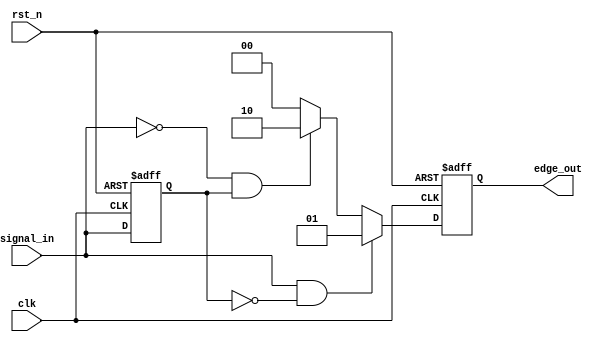
module differential_edge_detector (
    input wire clk,              // Clock signal
    input wire rst_n,            // Asynchronous reset (active low)
    input wire signal_in,        // Input signal to be monitored
    output reg [1:0] edge_out    // Output signal: 2'b00 (no edge), 2'b01 (rising), 2'b10 (falling)
);

    // State registers
    reg signal_prev;             // Previous state of the input signal

    // Edge detection logic
    always @(posedge clk or negedge rst_n) begin
        if (!rst_n) begin
            // Asynchronous reset
            signal_prev <= 1'b0;  // Initialize previous state to 0
            edge_out <= 2'b00;     // Initialize output to no edge
        end else begin
            // Edge detection
            if (signal_in && !signal_prev) begin
                // Rising edge detected
                edge_out <= 2'b01;   // Output 01 for rising edge
            end else if (!signal_in && signal_prev) begin
                // Falling edge detected
                edge_out <= 2'b10;   // Output 10 for falling edge
            end else begin
                // No edge detected
                edge_out <= 2'b00;   // Output 00 for no edge
            end
            
            // Update previous state
            signal_prev <= signal_in;
        end
    end

endmodule